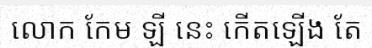
លោក កែម ឡី នេះ កើតឡើង តែ